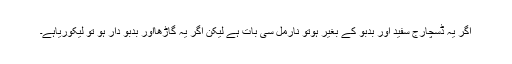
اگر یہ ڈسچارج سفید اور بدبو کے بغیر ہوتو نارمل سی بات ہے لیکن اگر یہ گاڑھااور بدبو دار ہو تو لیکوریاہے۔